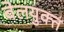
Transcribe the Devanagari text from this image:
बेलयुक्त